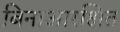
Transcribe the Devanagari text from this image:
बिनाआरक्षित